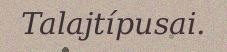
Talajtípusai.